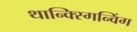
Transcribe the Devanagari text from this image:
थान्क्स्गिन्विंग